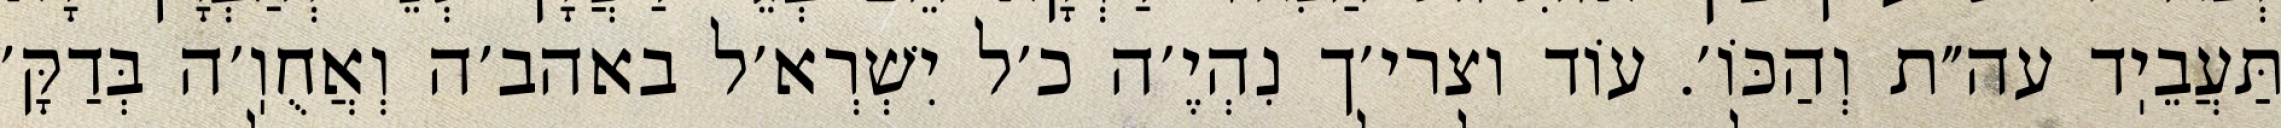
תַּעֲבֵיֽד עה״ת וְהַכּוֹ׳. עוֹד וצרי׳ך נִהְיֶ׳ה כ׳ל יִשְׁרְא׳ל באהב׳ה וְאֲחֻוֽ׳ה בְּדַקָּ׳